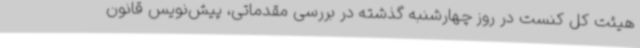
هیئت کل کنست در روز چهارشنبه گذشته در بررسی مقدماتی، پیش‌نویس قانون